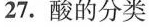
27.酸的分类